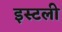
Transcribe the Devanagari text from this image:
इस्टली